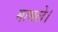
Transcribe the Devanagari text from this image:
मामले।